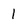
Character: 1